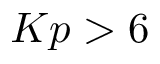
K p > 6